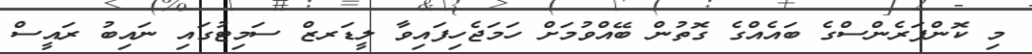
މި ކޮންފަރެންސްގެ ބައެއްގެ ގޮތުން ބޭއްވުމަށް ހަމަޖެހިފައިވާ ލީޑަރޒް ސަމިޓުގައި ނައިބު ރައީސް